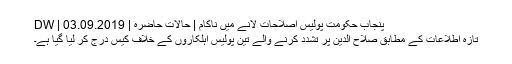
پنجاب حکومت پولیس اصلاحات لانے میں ناکام | حالات حاضرہ | DW | 03.09.2019
تازہ اطلاعات کے مطابق صلاح الدین پر تشدد کرنے والے تین پولیس اہلکاروں کے خلاف کیس درج کر لیا گیا ہے۔